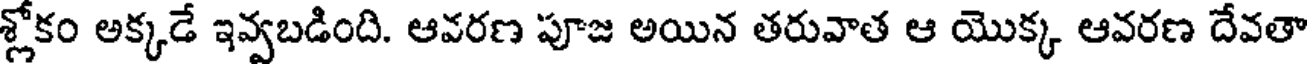
శ్లోకం అక్కడే ఇవ్వబడింది. ఆవరణ పూజ అయిన తరువాత ఆ యొక్క ఆవరణ దేవతా